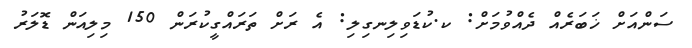
ސަންއަށް ޚަބަރެއް ދެއްވުމަށް: ކ.ކުޑަވިލިނގިލި: އެ ރަށް ތަރައްގީކުރަން 150 މިލިއަން ޑޮލަރު